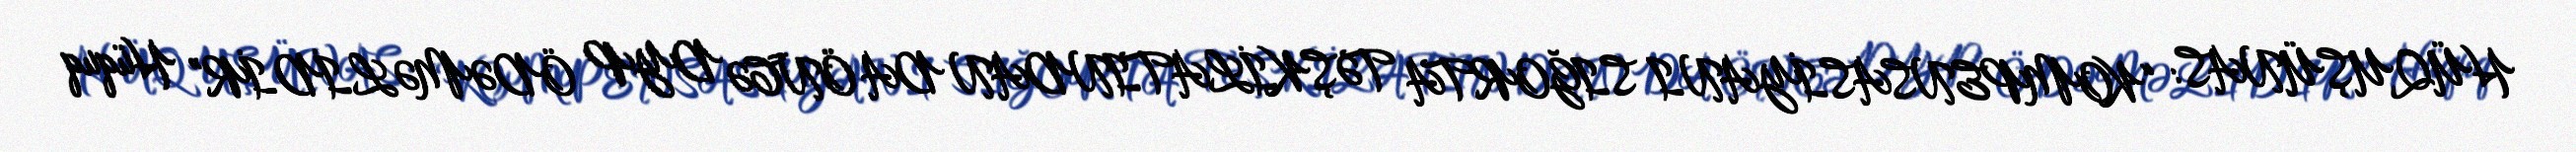
HÜQUŞÜNAS: “KOMPENSASİYANI SIĞORTA TƏŞKİLATINDAN DA ÖNCƏ DYP ÖDƏMƏLİDİR” Hüquq